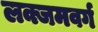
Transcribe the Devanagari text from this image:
लक्जमवर्ग